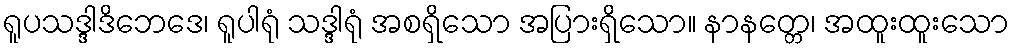
ရူပသဒ္ဒါဒိဘေဒေ၊ ရူပါရုံ သဒ္ဒါရုံ အစရှိသော အပြားရှိသော။ နာနတ္တေ၊ အထူးထူးသော